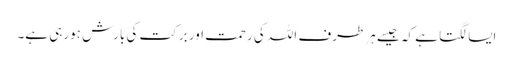
ایسا لگتا ہے کہ جیسے ہر طرف اللہ کی رحمت اور برکت کی بارش ہورہی ہے۔